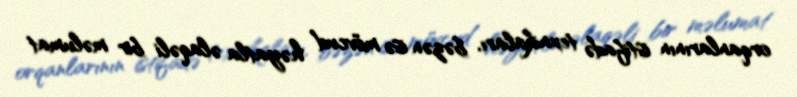
orqanlarının istifadə texnikaları, bəzən isə mövcud həyatla əlaqəli bir məlumat